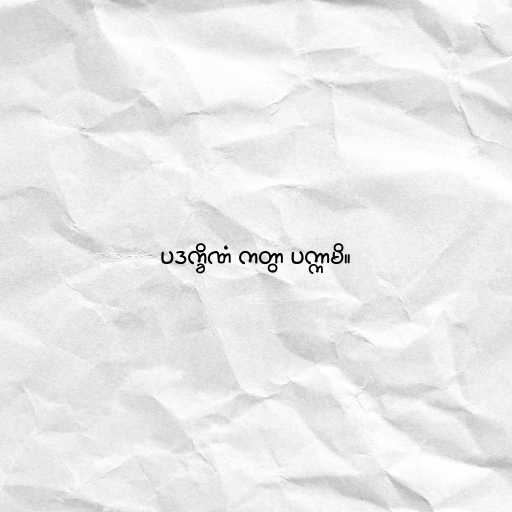
ပဒက္ခိဏံ ကတွာ ပက္ကာမိ။